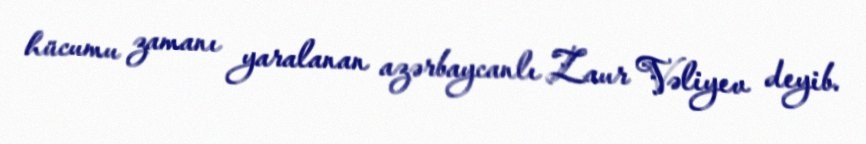
hücumu zamanı yaralanan azərbaycanlı Zaur Vəliyev deyib.